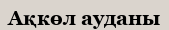
Ақкөл ауданы